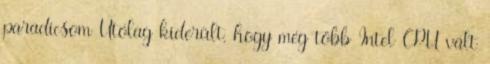
paradicsom Utólag kiderült, hogy még több Intel CPU vált